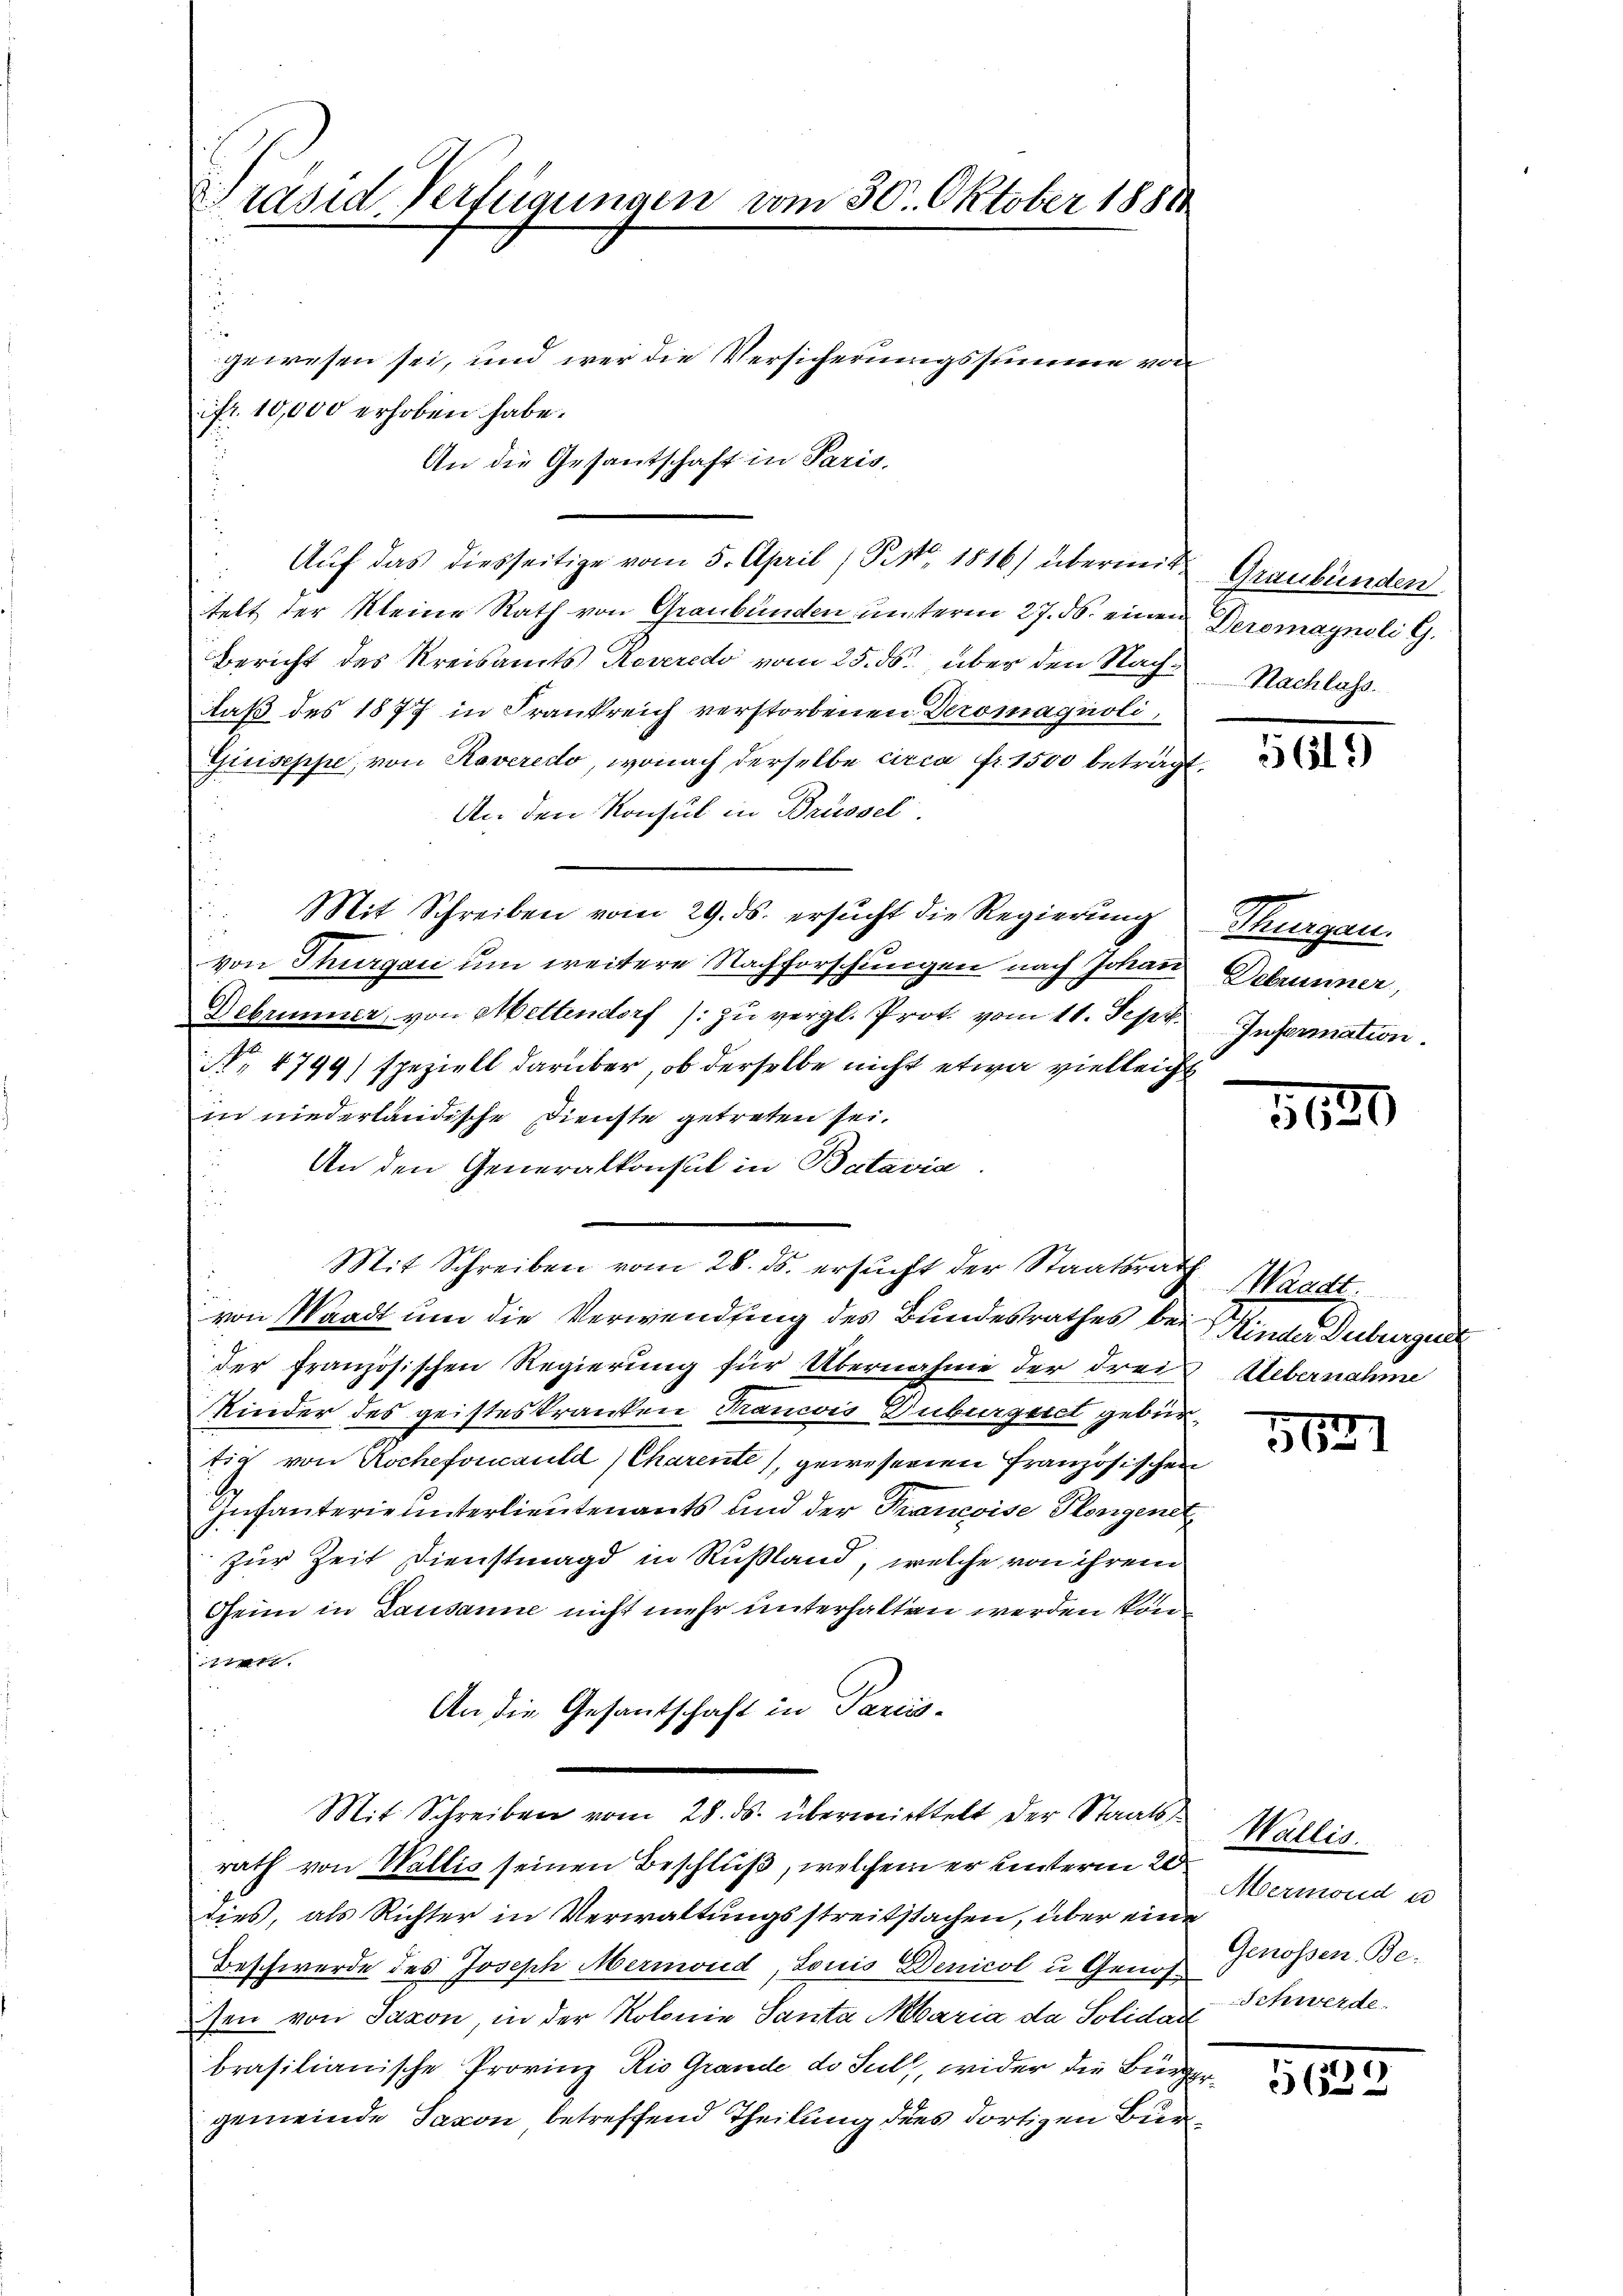
PPräsid Verfügungen vom 30. Oktober 1881
u

gewesen sei, und wer die Versicherungssumme von
ifr. 10,000 erhoben habe.
An die Gesandtschaft in Paris,
Auf das diesseitige vom 5. April (P.M. 1816) übermit Graubünden
telt der Kleine Rath von Graubünden unterm 27. ds. einen Deromagnoli G.
Bericht des Kreisamts Reveredo vom 25. ds., über den Nachdaß des 1877 in Frankreich verstorbenen Deromagnoli,
Gisiseppe, von Roveredo, wonach derselbe circa fr. 1500 betragt,
An den Konsul in Brüssel.
Mit Schreiben vom 29. ds. ersucht die Regierung
von Thurgau um weitere Nachforschungen nach Johan Debrunner,
Debrunner, von Mettendorf /: zŭ vergl. Prot. vom 11. Sept. Information.
NNo. 4799) speziell darüber, ob derselbe nicht etwa vielleicht
in niederländische Dienste getreten sei.
 An den Generalkonsul in Batavia.
Mit Schreiben vom 28. ds. ersucht der Staatsrath
von Waadt um die Verwendung des Bundesrathes bei Kinder Duburger
der französischen Regierung für Übernahme der drei Uebernahme
Kinder des geisteskranken Trancois Duburgeret gebürtia von Rochefoncauld (Charente, gewesenen Französischen
Infanterie unterlieutenants und der Francoise Plengenet
zur Zeit Dienstmagd in Rußland, welche von ihrem
Geim in Lausanne nicht mehr unterhalten werden kön¬
7
An die Gesantschaft in Partis-
Mit Schreiben vom 28. ds. übermittelt der Staatsrath von Wallis seinen Beschluß, welchem er unterm 20
dies, als Richter in Verwaltungsstreitstachen, über eine
Beschwerde des Joseph Mermond, Louis Denicol u Genossen von Saxon, in der Kolonie Santa Maria da Solidar
brasilianische Provinz Rio Grande de sull, wider die Bürgergemeinde Saxon betreffend Theilung dies dortigen Bur¬

Nachlass.

34

Thurgau.

5630

St.

561

Wallis.
Mermond u
Genossen Be¬
Schwerde.

51529